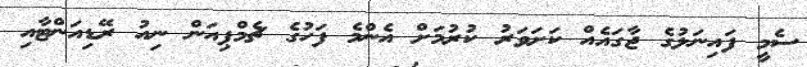
ސެމީ ފައިނަލުގެ ޖާގައެއް ކަށަވަރު ކުރުމަށް އެންމެ ފަހުގެ ޗެމްޕިއަން ނިއު ރޭޑިއަންޓާއި